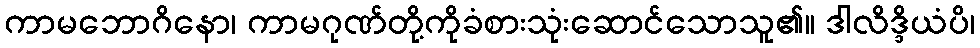
ကာမဘောဂိနော၊ ကာမဂုဏ်တို့ကိုခံစားသုံးဆောင်သောသူ၏။ ဒါလိဒ္ဒိယံပိ၊